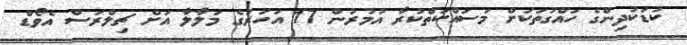
ކުޑަކުދިންގެ ހައްގުތަކަށް މަސައްކަތްކުރާ އުމުރުން 17 އަހަރުގެ މަލާލާ އަށް ޗިލްރަސް އެވޯޑް